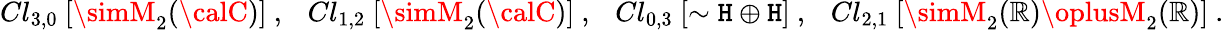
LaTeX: Cl_{3,0}~[\simM_{2}({\calC})]~,~~~Cl_{1,2}~[\simM_{2}({\calC})]~,~~~Cl_{0,3}~[\sim{\cal\mathtt{H}}\oplus{\cal\mathtt{H}}]~,~~~Cl_{2,1}~[\simM_{2}({\cal\mathbb{R}})\oplusM_{2}({\cal\mathbb{R}})]~.